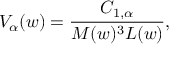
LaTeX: V _ { \alpha } ( w ) = \frac { { \cal C } _ { 1 , \alpha } } { M ( w ) ^ { 3 } L ( w ) } ,